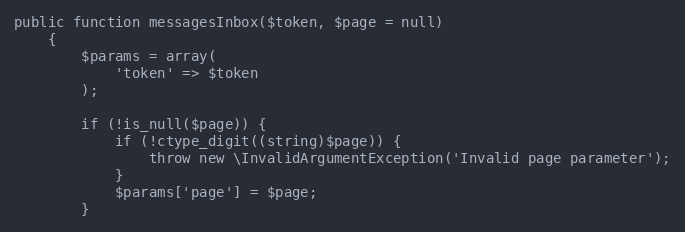
Language: PHP
public function messagesInbox($token, $page = null)
    {
        $params = array(
            'token' => $token
        );

        if (!is_null($page)) {
            if (!ctype_digit((string)$page)) {
                throw new \InvalidArgumentException('Invalid page parameter');
            }
            $params['page'] = $page;
        }